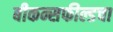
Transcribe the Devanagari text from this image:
बीकन्सफील्डचा